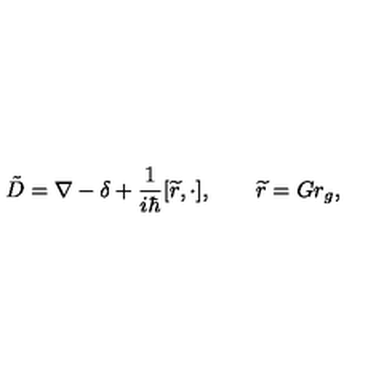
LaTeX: \tilde { D } = \nabla - \delta + \frac 1 { i \hbar } [ \widetilde { r } , \cdot ] , \qquad \widetilde { r } = G r _ { g } ,